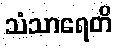
သံသာရေတိ